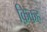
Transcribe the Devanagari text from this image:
क़िकह